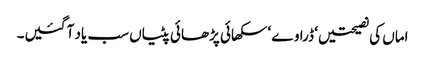
اماں کی نصیحتیں ‘ ڈراوے ‘ سکھائی پڑھائی پٹیاں سب یاد آ گئیں۔